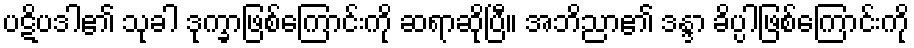
ပဋိပဒါ၏ သုခါ ဒုက္ခာဖြစ်ကြောင်းကို ဆရာဆိုပြီ။ အဘိညာ၏ ဒန္ဒာ ခိပ္ပါဖြစ်ကြောင်းကို